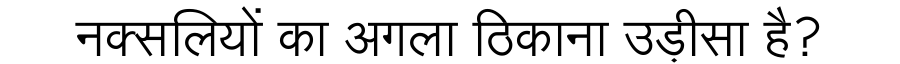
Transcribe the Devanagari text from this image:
नक्सलियों का अगला ठिकाना उड़ीसा है?